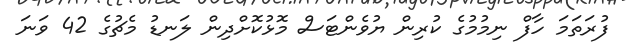
ފުރަތަމަ ހާފް ނިމުމުގެ ކުރިން ޔުވެންޓަސް މޮޅުކޮށްދިން ލަނޑު މެޗުގެ 42 ވަނަ